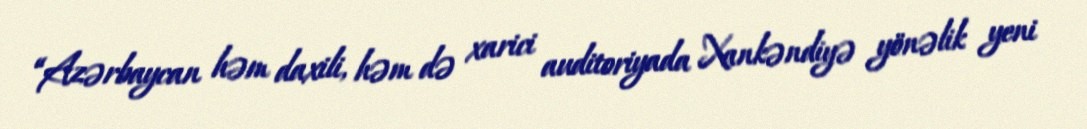
“Azərbaycan həm daxili, həm də xarici auditoriyada Xankəndiyə yönəlik yeni